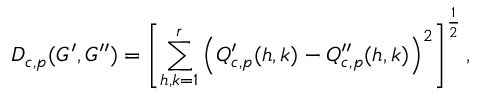
D _ { c , p } ( G ^ { \prime } , G ^ { \prime \prime } ) = \left[ \sum _ { h , k = 1 } ^ { r } \left( Q _ { c , p } ^ { \prime } ( h , k ) - Q _ { c , p } ^ { \prime \prime } ( h , k ) \right) ^ { 2 } \right] ^ { \frac { 1 } { 2 } } ,